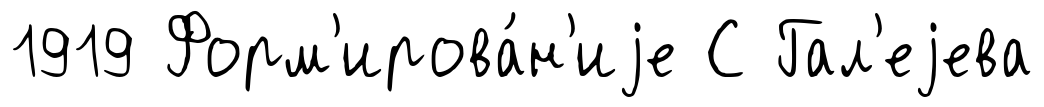
1919 Форм'ирова́н'иjе С Гал'еjева